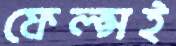
ফেল্প্সই